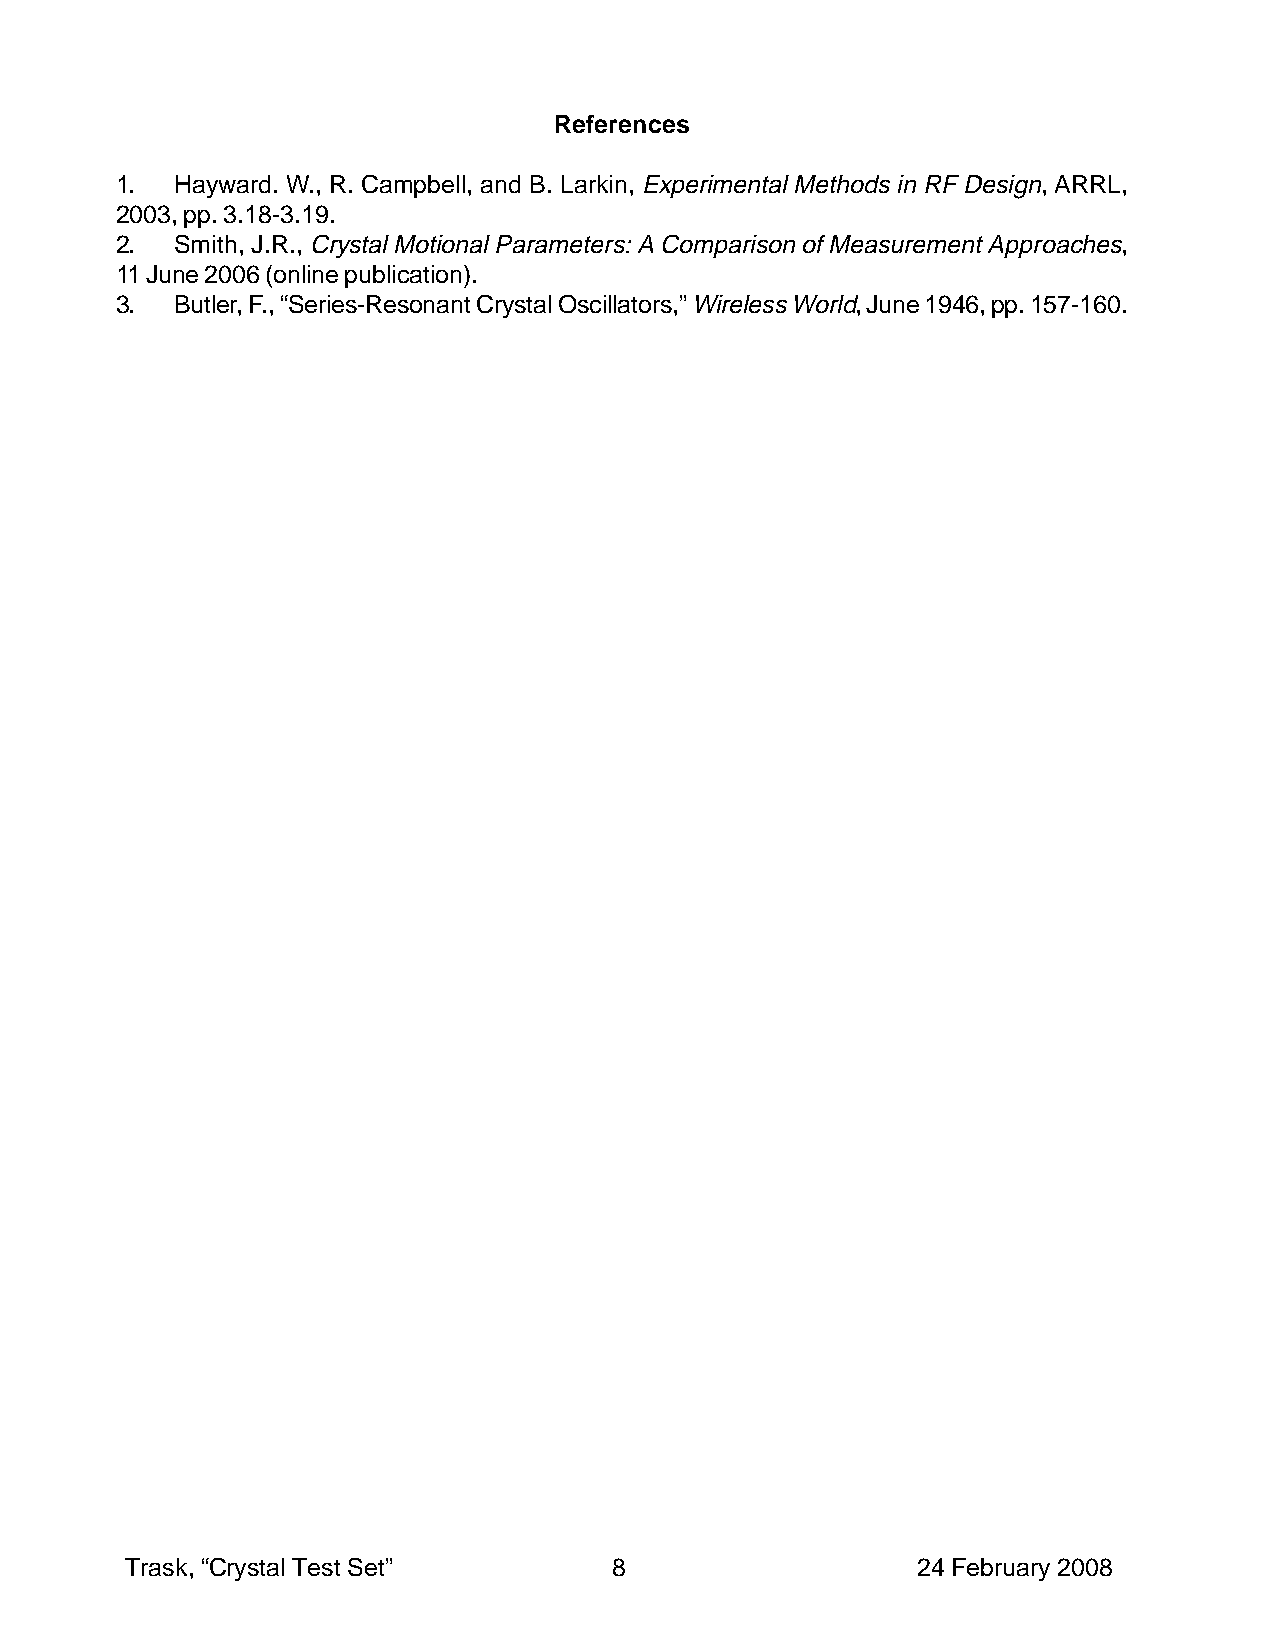
References
 1.  Hayward. W., R. Campbell, and B. Larkin, Experimental Methods in RF Design, ARRL,
 2003, pp. 3.18-3.19.
 2.  Smith, J.R., Crystal Motional Parameters: A Comparison of Measurement Approaches,
 11 June 2006 (online publication).
 3.  Butler, F., “Series-Resonant Crystal Oscillators,” Wireless World, June 1946, pp. 157-160.
 Trask, “Crystal Test Set”        8                   24 February 2008